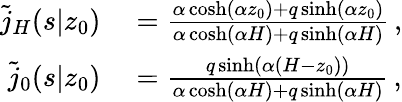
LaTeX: \begin{array}{rl}{\tilde{j}_{H}(s|z_{0})}&{{}=\frac{\alpha\cosh(\alpha z_{0})+q\sinh(\alpha z_{0})}{\alpha\cosh(\alpha H)+q\sinh(\alpha H)}\, ,}\\ {\tilde{j}_{0}(s|z_{0})}&{{}=\frac{q\sinh(\alpha(H-z_{0}))}{\alpha\cosh(\alpha H)+q\sinh(\alpha H)}\, ,}\end{array}